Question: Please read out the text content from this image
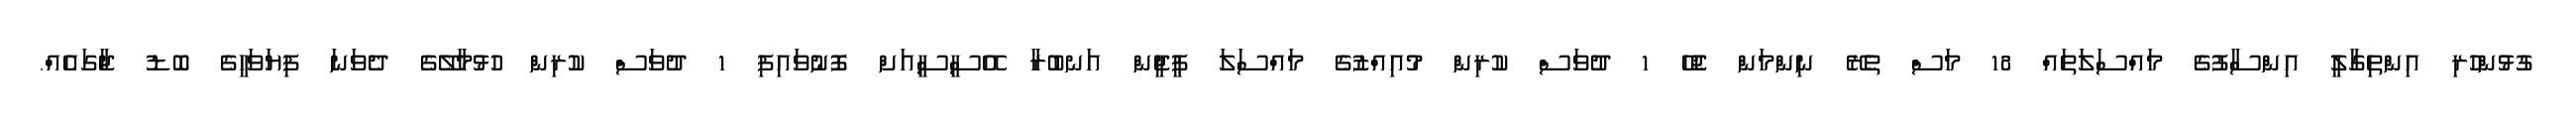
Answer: ގުޅުންހުރި އިންތިގާލީ އިންސާފުގެ މައްސަލަތައް 18 މަސް ތެރޭ ނިންމަން ޖެހޭ 1 ދުވަސް ކުރިން މުއިއްޒުގެ މައްސަލަ ޕީޖީން އަނބުރާ އޭސީސީއަށް ފޮނުވައިފި 1 ދުވަސް ކުރިން ހުޅުމާލޭގެ ދެވަނަ ފިޔަވަހީގެ ބޮޑު ޖާގައެއް.